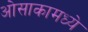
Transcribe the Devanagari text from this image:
ओसाकामध्ये